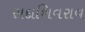
સદાશિવરાવ